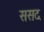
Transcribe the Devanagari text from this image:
ससद